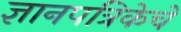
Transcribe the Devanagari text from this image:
ज्ञानपत्रिकेचे